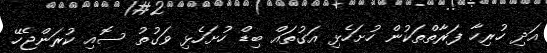
އަދި ހުރިހާ ފަރާތްތަކުން ހުށަހެޅި އަގުތައް ބިޑް ހުށަހެޅި ވަގުތު ސޮއި ކުރަންޖެހޭ